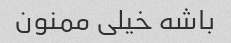
باشه خیلی ممنون